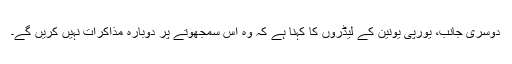
دوسری جانب، یورپی یونین کے لیڈروں کا کہنا ہے کہ وہ اس سمجھوتے پر دوبارہ مذاكرات نہیں کریں گے۔